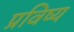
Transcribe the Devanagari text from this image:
प्रविष्य